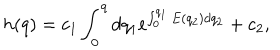
LaTeX: h ( q ) = c _ { 1 } \int _ { 0 } ^ { q } d q _ { 1 } e ^ { \int _ { 0 } ^ { q _ { 1 } } E ( q _ { 2 } ) d q _ { 2 } } + c _ { 2 } ,